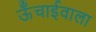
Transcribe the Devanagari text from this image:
ऊँचाईवाला